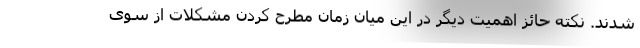
شدند. نکته حائز اهمیت دیگر در این میان زمان مطرح کردن مشکلات از سوی